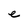
Character: e